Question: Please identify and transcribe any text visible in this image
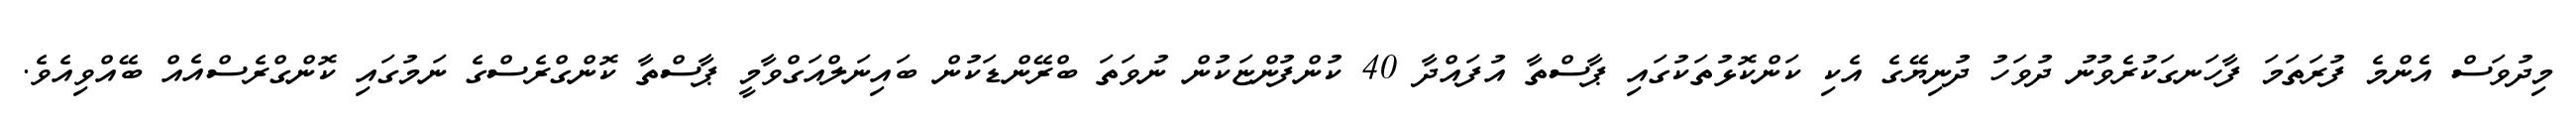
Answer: މިދުވަސް އެންމެ ފުރަތަމަ ފާހަނގަކުރެވުނު ދުވަހު ދުނިޔޭގެ އެކި ކަންކޮޅުތަކުގައި ޕާސްތާ އުފައްދާ 40 ކުންފުންޏަކުން ނުވަތަ ބްރޭންޑަކުން ބައިނަލްއަގްވާމީ ޕާސްތާ ކޮންގްރެސްގެ ނަމުގައި ކޮންގްރެސްއެއް ބޭއްވިއެވެ.